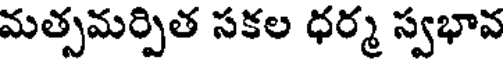
మత్సమర్పిత సకల ధర్మ స్వభావ